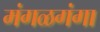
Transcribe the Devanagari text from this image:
मंगळगंगा